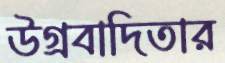
উগ্রবাদিতার